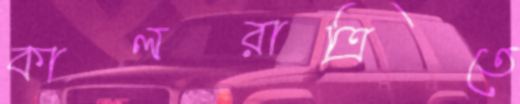
কালরাত্রিতে